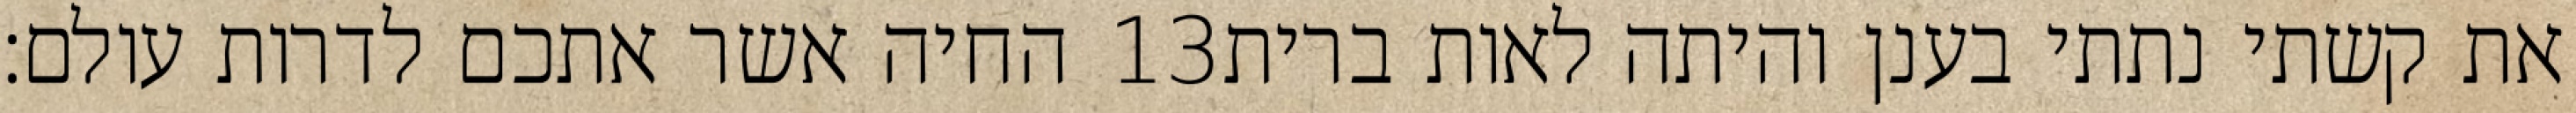
החיה אשר אתכם לדרות עולם׃ ‎13‏ את קשתי נתתי בענן והיתה לאות ברית